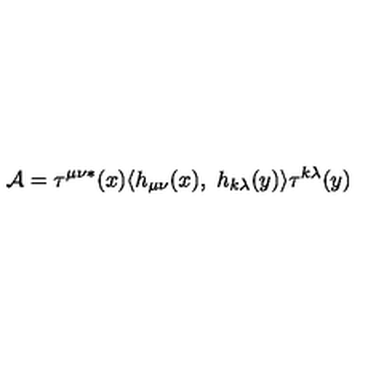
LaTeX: { \cal A } = \tau ^ { \mu \nu \ast } ( x ) \langle h _ { \mu \nu } ( x ) , \ h _ { k \lambda } ( y ) \rangle \tau ^ { k \lambda } ( y )